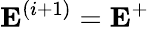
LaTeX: \mathbf{E}^{(i+1)}=\mathbf{E}^{+}